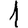
Digit: 1